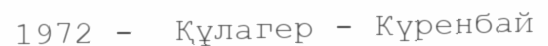
1972 -  Құлагер - Күренбай